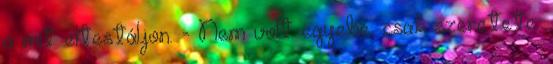
a mit eltestáljon. - Nem volt egyebe, csak szeretete.